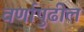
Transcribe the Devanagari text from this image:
वर्णापुढील